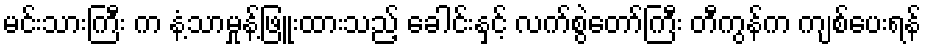
မင်းသားကြီး က နံ့သာမှုန့်ဖြူးထားသည့် ခေါင်းနှင့် လက်စွဲတော်ကြီး တီကွန်က ကျစ်ပေးရန်